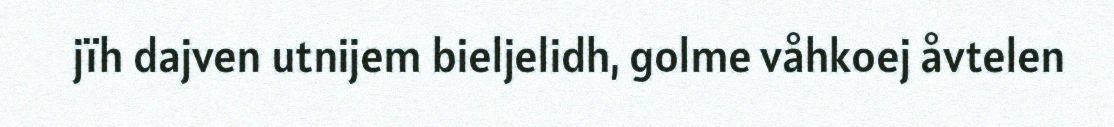
jïh dajven utnijem bieljelidh, golme våhkoej åvtelen